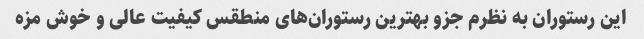
این رستوران به نظرم جزو بهترین رستوران‌های منطقس کیفیت عالی و خوش مزه